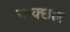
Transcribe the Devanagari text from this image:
वाक्छल